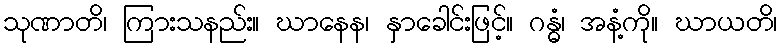
သုဏာတိ၊ ကြားသနည်း။ ဃာနေန၊ နှာခေါင်းဖြင့်။ ဂန္ဓံ၊ အနံ့ကို။ ဃာယတိ၊